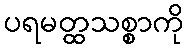
ပရမတ္ထသစ္စာကို